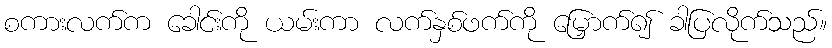
စကားလက်က ခေါင်းကို ယမ်းကာ လက်နှစ်ဖက်ကို မြှောက်၍ ခါပြလိုက်သည်။